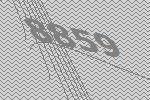
8859